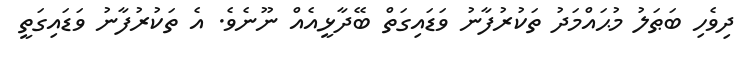
ދިވެހި ބަޠަލު މުޙައްމަދު ތަކުރުފާނު ވަޑައިގަތް ބޭދާޅީއެއް ނޫނެވެ. އެ ތަކުރުފާނު ވަޑައިގަތީ